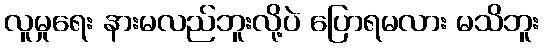
လူမှုရေး နားမလည်ဘူးလို့ပဲ ပြောရမလား မသိဘူး